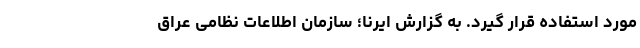
مورد استفاده قرار گیرد. به گزارش ایرنا؛ سازمان اطلاعات نظامی عراق